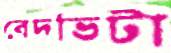
বেদভিটা